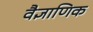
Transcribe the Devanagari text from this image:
वैज्ञाणिक